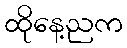
ထိုနေ့ညက